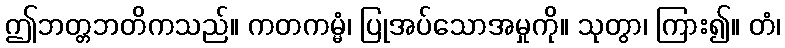
ဤဘတ္တဘတိကသည်။ ကတကမ္မံ၊ ပြုအပ်သောအမှုကို။ သုတွာ၊ ကြား၍။ တံ၊